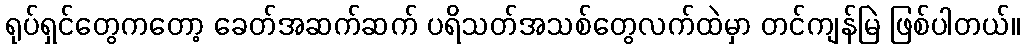
ရုပ်ရှင်တွေကတော့ ခေတ်အဆက်ဆက် ပရိသတ်အသစ်တွေလက်ထဲမှာ တင်ကျန်မြဲ ဖြစ်ပါတယ်။